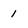
Character: 1